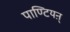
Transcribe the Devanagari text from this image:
पाण्टियऩ्